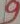
Text: 9